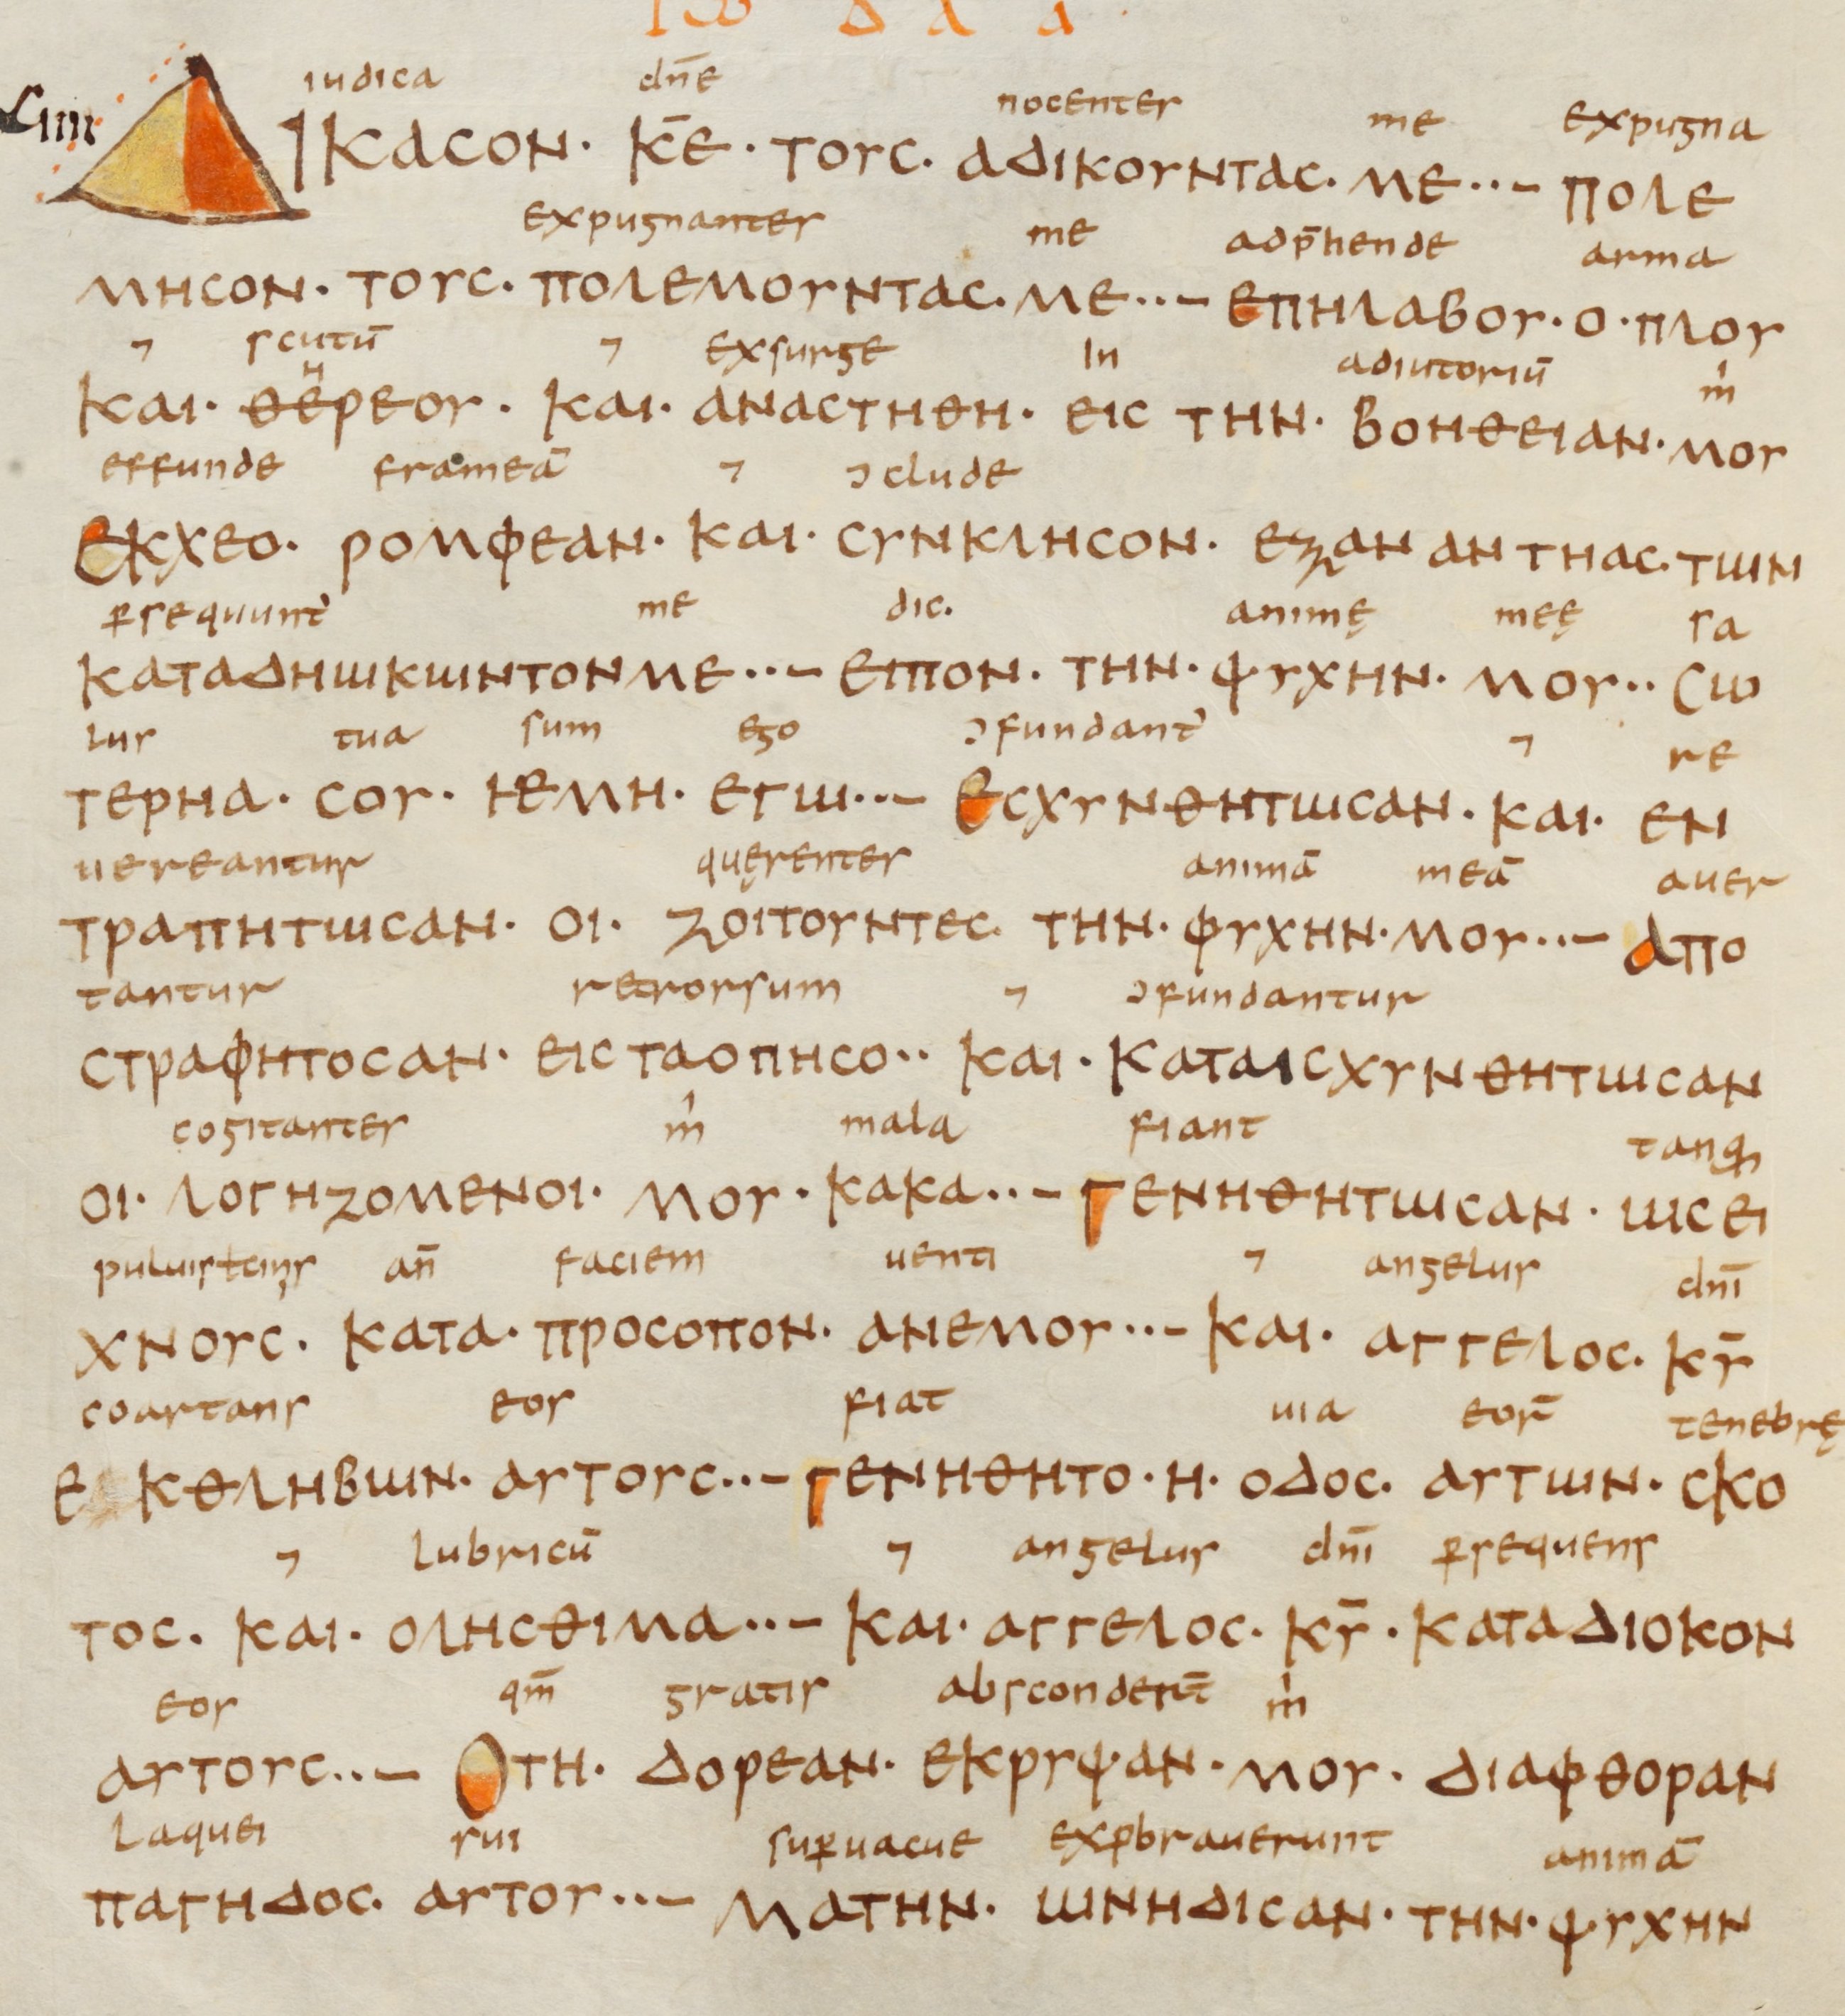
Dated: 833–899